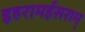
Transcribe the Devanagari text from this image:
इहरामईसराम्